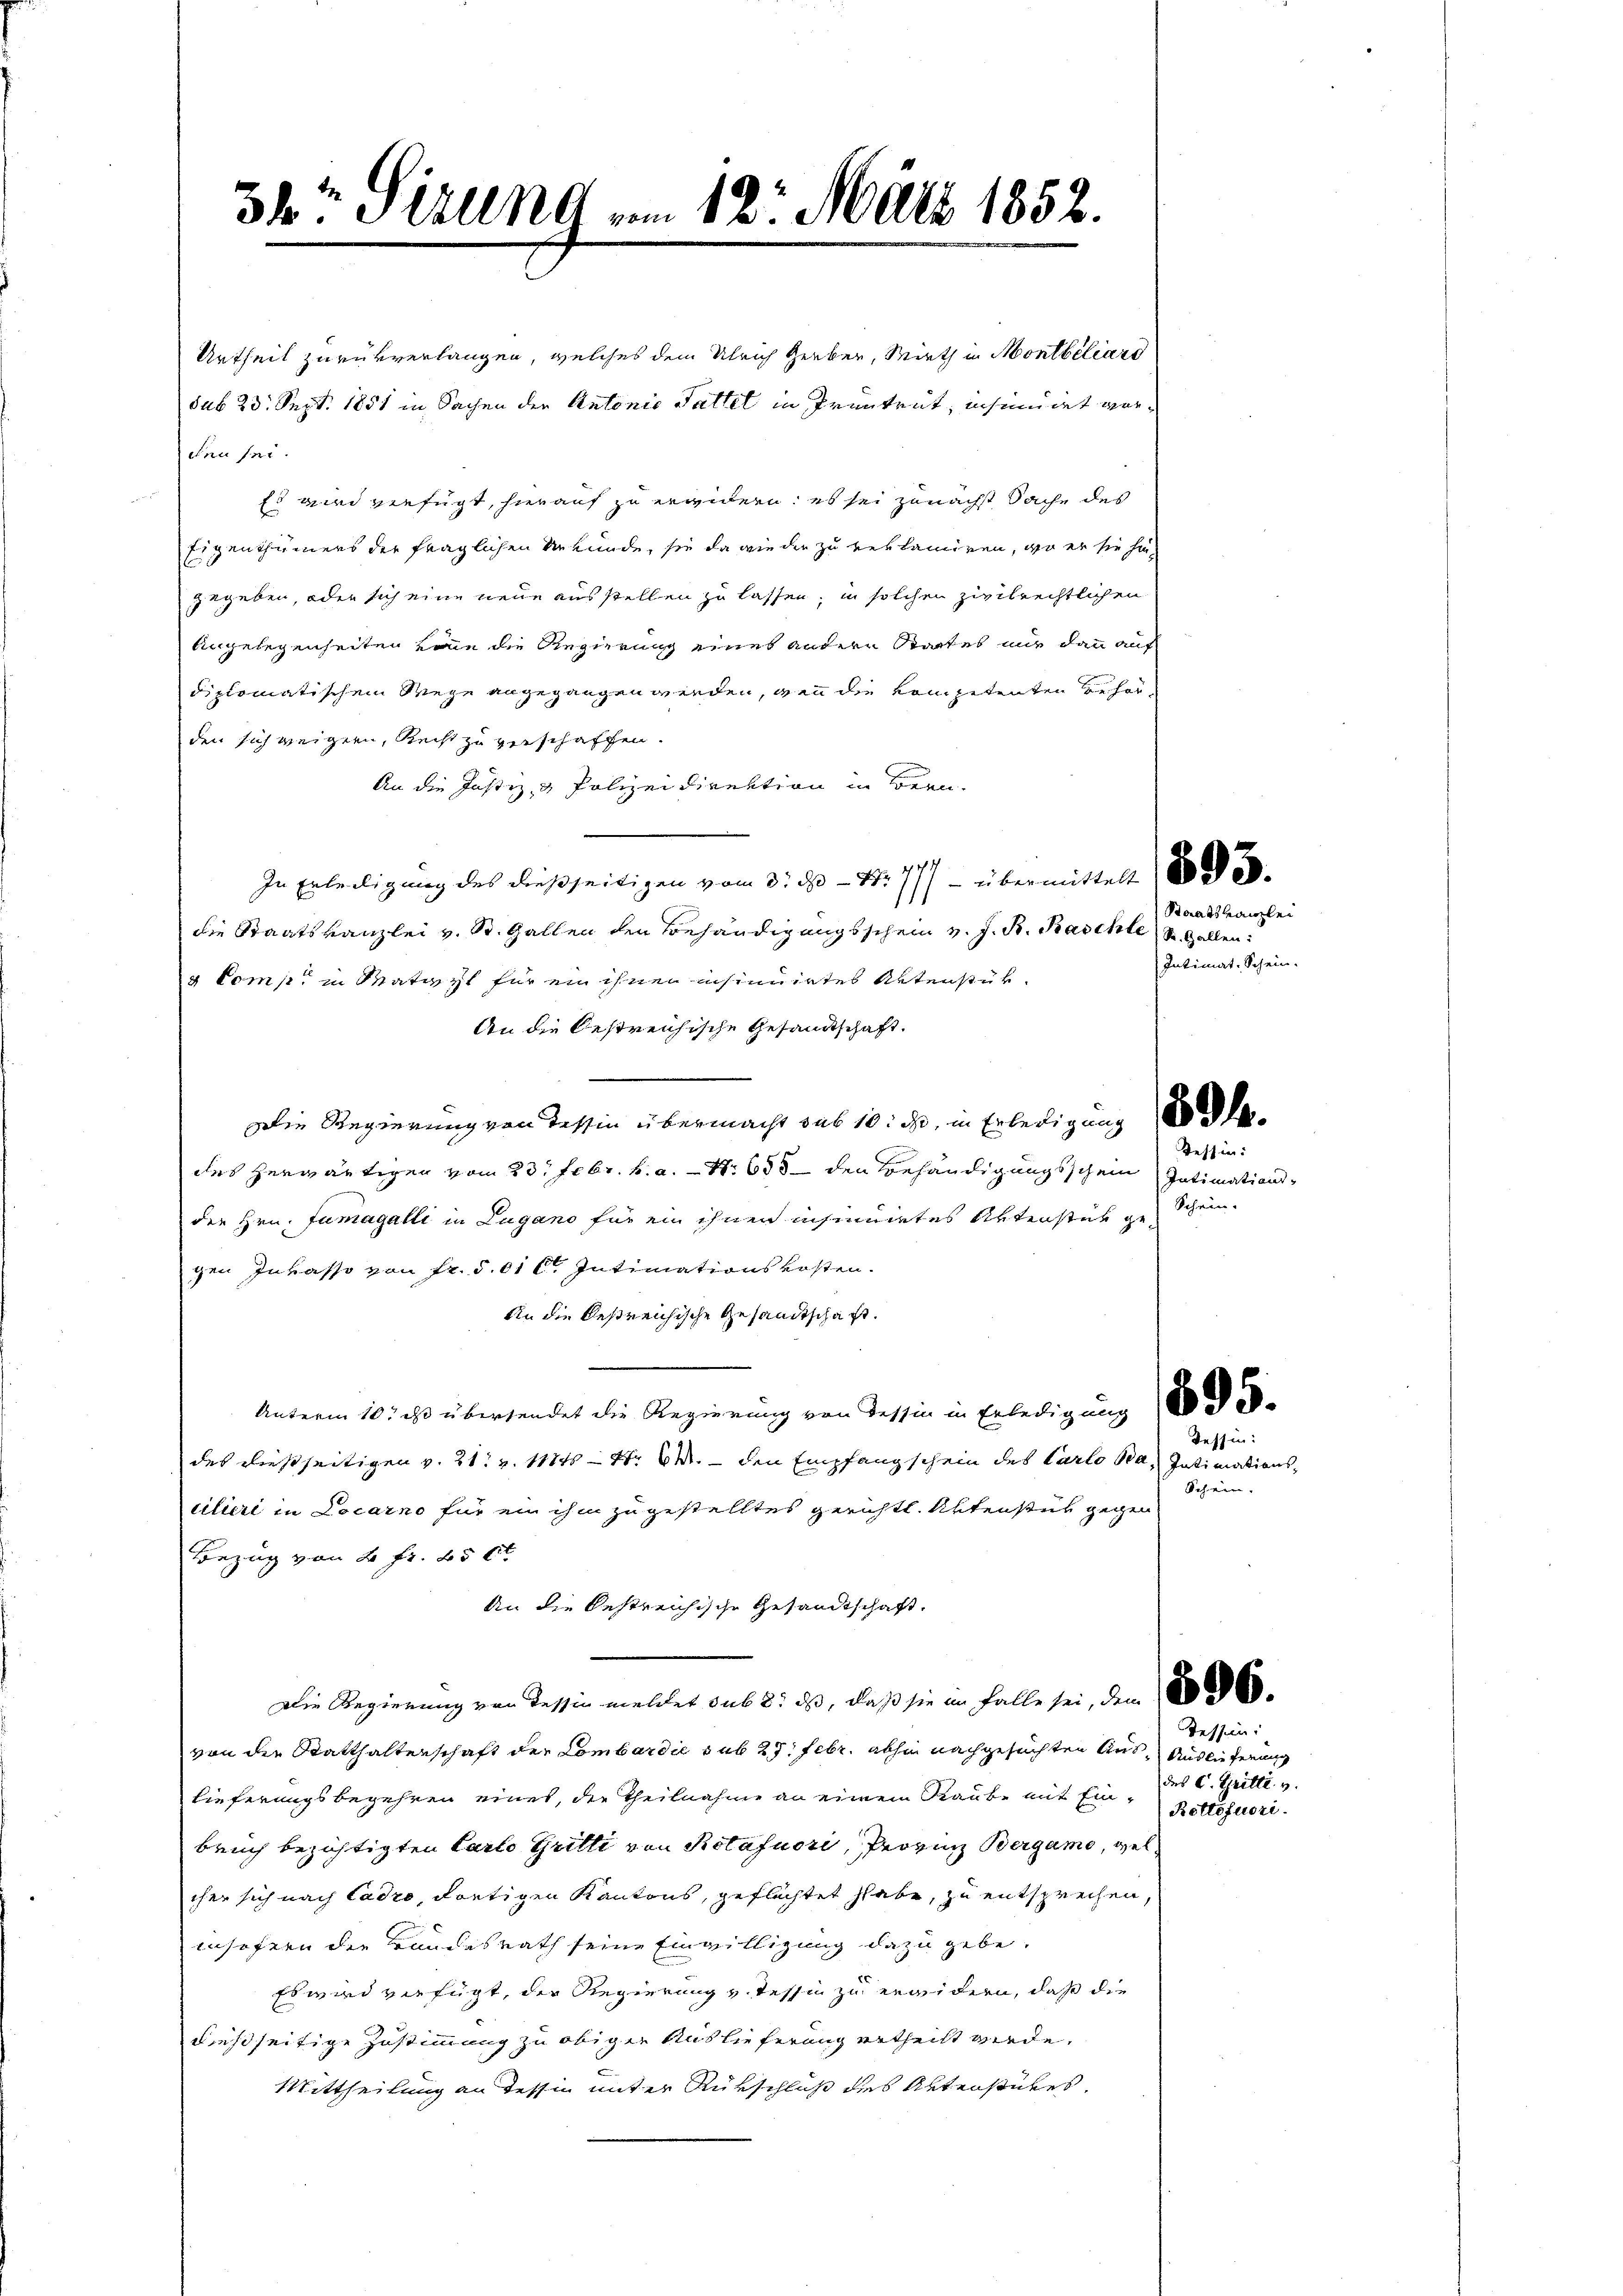
34 Stille vom 12. März 1852.

Urtheil zurückverlangen, welches dem Ulrich Gerber, Wirth in Montheiliard
sub 23. Sept. 1851 in Sachen der Antonio Sattel in Prentent, insimiret werden sei.
Es wird verfügt, hierauf zu erwidern; es sei zunächst Sache des
Eigenthümers der fraglichen Urkunde, sie da wieder zu reklamiren, wo er sie hin-
gegeben, oder sich eine neue ausstellen zu lassen, in solchen zivilrechtlichen
Angelegenheiten könne die Regierung eines andern Staates mir dann auf
diplomatischem Wege angegangen werden, den die vom petenten Beherden sich weigern, Recht zu verschaffen.
An die Justiz- & Polizeidirektion in Bern.
In Erteiligung des dießseitigen vom 3. ds. - Nr 777 - übermittelt an de
die Staatskanzlei v. St. Gallen den Behändigungsschein v. J. B. Baschte S. Gallen:
 Comp. in Matizt für ein ihnen insinuirtes Petenstür¬
An die Oestreichische Gesandtschaft.
Die Regierung von Tessin übermacht sub 10: ihr, in Erledigung d
des herwärtigen vom 23. Febr. h. a. Nr. 655 den Behändigungsschein Intimationsder Hrn. Fumagalli in Lugano für ein ihnen isimirtes Aktenstät geschein.
gen Invasso von Fr. 5. 81 Ct. Intimationskosten.
Ain die bestreichische Gesandtschaft.
Unterm 10. dss übersendet die Regierung von Tessin in Erledigung 10 des
Tessin:
des dießseitigen v. 21. v. 111 S. 64.  den Empfang schein des Carlo Ba, Intimations¬
Schein.
cilieri in Locarno für ein ihm zugestelltes gerichtl. Aktenstes gegen
Bezug von 2 fr. 456
An die bestreichische Gesandtschaft.
Die Regierung von Tessin meldet sub 2: ds, daß sie im Falle sei, dem 18000.
Tessin:
von die Statthalterschaft der Lombardie sub 27. Febr. abhin nachgesuchten Aus Auslieferung
des C. Grille v.
lieferungsbegehren eines, der Theilnahme an einem Raube mit Ein¬
Rottofuori.
bruch bezichtigten Carlo Gritli von Rotafuori, Provinz Bergamo, welcher sich nach Cadro, dortigen Kantons, geflüchtet habe, zu entsprechen,
insofern die Bundesrath seine Einwilligung dazu gebe.
Es wird verfügt, der Regierung v. Tessin zu erwidern, daß die
dießseitige Zustimmung zu obiger Auslieferung ertheilt werde.
Mittheilung an Tessin unter Rückschluß des Aktenstükes.

Staatskanzlei
Intimat- Schein-

Tessin: